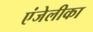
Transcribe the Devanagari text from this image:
एंजेलीका